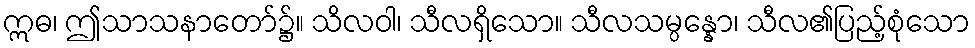
ဣဓ၊ ဤသာသနာတော်၌။ သိလဝါ၊ သီလရှိသော။ သီလသမ္ပန္နော၊ သီလ၏ပြည့်စုံသော